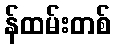
န်ထမ်းတစ်